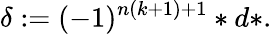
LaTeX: \delta:=(-1)^{n(k+1)+1}\ast d\ast.